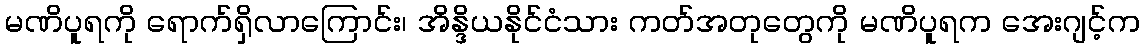
မဏိပူရကို ရောက်ရှိလာကြောင်း၊ အိန္ဒိယနိုင်ငံသား ကတ်အတုတွေကို မဏိပူရက အေးဂျင့်က